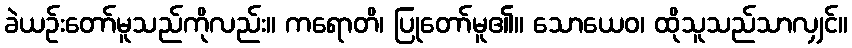
ခဲယဉ်းတော်မူသည်ကိုလည်း။ ကရောတိ၊ ပြုတော်မူ၏။ သောယေဝ၊ ထိုသူသည်သာလျှင်။